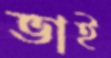
ভাই